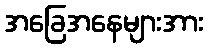
အခြေအနေများအား